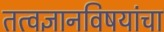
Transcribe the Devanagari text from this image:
तत्वज्ञानविषयांचा